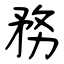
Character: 務